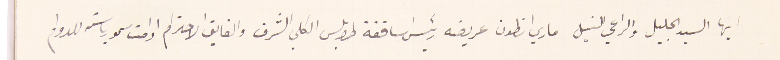
ايها السيد الجليل والراعي النبيل ماري انطون عريضه رئيسَ اساقفة طرابلس الكلي الشرف والفايق الاحترام ادامت سمو رياسته للدوام